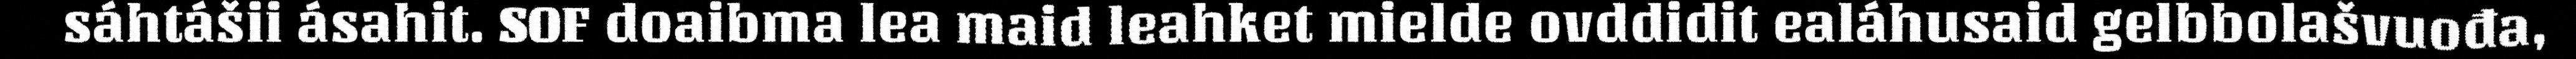
sáhtášii ásahit. SOF doaibma lea maid leahket mielde ovddidit ealáhusaid gelbbolašvuođa,